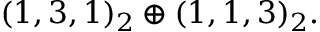
( 1 , 3 , 1 ) _ { 2 } \oplus ( 1 , 1 , 3 ) _ { 2 } .